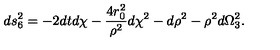
d s _ { 6 } ^ { 2 } = - 2 d t d \chi - \frac { 4 r _ { 0 } ^ { 2 } } { \rho ^ { 2 } } d \chi ^ { 2 } - d \rho ^ { 2 } - \rho ^ { 2 } d \Omega _ { 3 } ^ { 2 } .